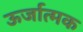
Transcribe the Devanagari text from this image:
ऊर्जात्मक